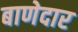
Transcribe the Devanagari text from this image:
बाणेदार